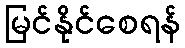
မြင်နိုင်စေရန်